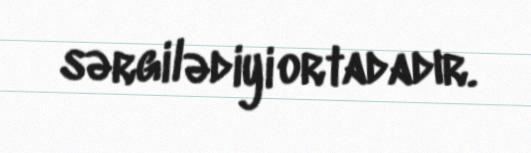
sərgilədiyi ortadadır.